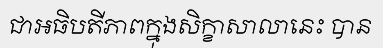
ជាអធិបតីភាពក្នុងសិក្ខាសាលានេះ បាន